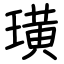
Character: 璜